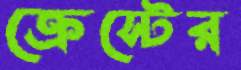
ক্রেস্টের